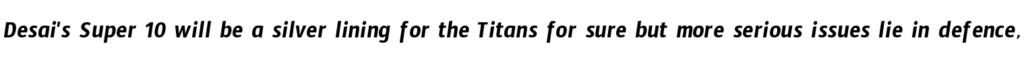
Desai's Super 10 will be a silver lining for the Titans for sure but more serious issues lie in defence,